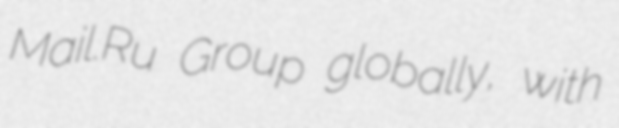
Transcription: Mail.Ru Group globally, with